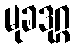
မုခဒုဂ္ဂ